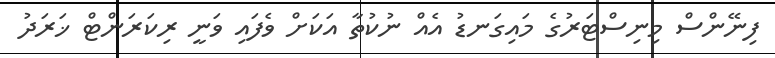
ފިނޭންސް މިނިސްޓަރުގެ މައިގަނޑު އެއް ނުކުތާ އަކަށް ވެފައި ވަނީ ރިކަރަންޓް ޚަރަދު